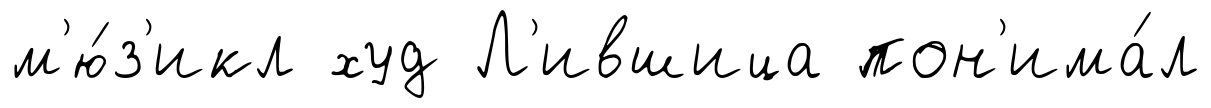
м'ю́з'икл худ Л'ившица пон'има́л